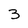
Character: 3